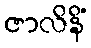
ဇာလိနိံ